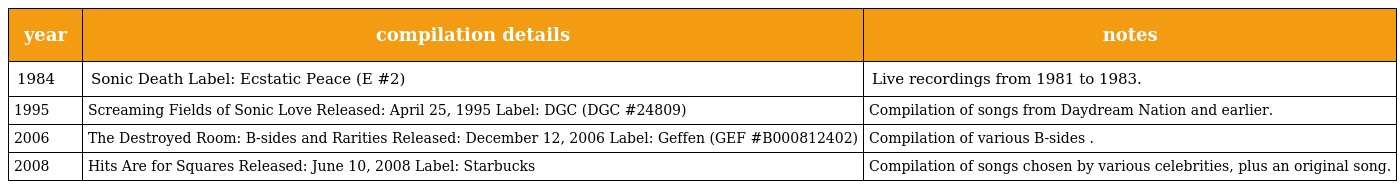
| year | compilation details | notes |
 | --- | --- | --- |
 | 1984 | Sonic Death Label: Ecstatic Peace (E #2) | Live recordings from 1981 to 1983. |
 | 1995 | Screaming Fields of Sonic Love Released: April 25, 1995 Label: DGC (DGC #24809) | Compilation of songs from Daydream Nation and earlier. |
 | 2006 | The Destroyed Room: B-sides and Rarities Released: December 12, 2006 Label: Geffen (GEF #B000812402) | Compilation of various B-sides . |
 | 2008 | Hits Are for Squares Released: June 10, 2008 Label: Starbucks | Compilation of songs chosen by various celebrities, plus an original song. |